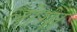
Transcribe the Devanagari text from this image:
लोगेा